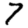
Digit: 7